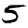
Digit: 5